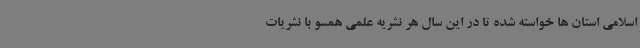
اسلامی استان ها خواسته شده تا در این سال هر نشریه علمی همسو با نشریات